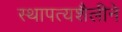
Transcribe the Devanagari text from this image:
स्थापत्यशैलीने